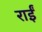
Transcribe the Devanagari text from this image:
राईं